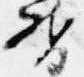
督